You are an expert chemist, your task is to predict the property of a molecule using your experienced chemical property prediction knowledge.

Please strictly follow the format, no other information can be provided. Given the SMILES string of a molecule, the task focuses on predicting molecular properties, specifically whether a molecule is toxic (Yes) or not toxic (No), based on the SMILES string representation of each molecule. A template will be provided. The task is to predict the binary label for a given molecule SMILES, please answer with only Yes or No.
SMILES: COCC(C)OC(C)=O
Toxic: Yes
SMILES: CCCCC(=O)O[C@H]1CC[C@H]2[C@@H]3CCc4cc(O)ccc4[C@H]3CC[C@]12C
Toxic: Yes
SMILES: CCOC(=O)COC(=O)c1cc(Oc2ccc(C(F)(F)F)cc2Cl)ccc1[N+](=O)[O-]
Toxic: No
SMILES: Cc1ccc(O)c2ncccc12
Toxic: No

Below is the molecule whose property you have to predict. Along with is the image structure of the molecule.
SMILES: CCCCCCCCCCCCCCCC[n+]1ccccc1
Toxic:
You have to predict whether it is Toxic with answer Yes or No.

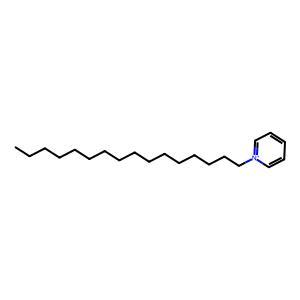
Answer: No